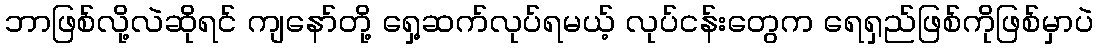
ဘာဖြစ်လို့လဲဆိုရင် ကျနော်တို့ ရှေ့ဆက်လုပ်ရမယ့် လုပ်ငန်းတွေက ရေရှည်ဖြစ်ကိုဖြစ်မှာပဲ